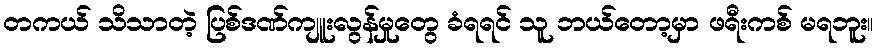
တကယ် သိသာတဲ့ ပြစ်ဒဏ်ကျူးလွန်မှုတွေ ခံရရင် သူ ဘယ်တော့မှာ ဖရီးကစ် မရဘူး။